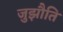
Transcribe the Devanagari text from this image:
जुझौति